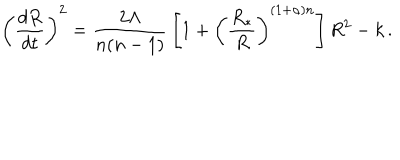
\left( { \frac { d R } { d t } } \right) ^ { 2 } = { \frac { 2 \Lambda } { n ( n - 1 ) } } \left[ 1 + \left( { \frac { R _ { * } } { R } } \right) ^ { ( 1 + \alpha ) n } \right] R ^ { 2 } - k \, .